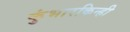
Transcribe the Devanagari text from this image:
कुंभारकिन्ही